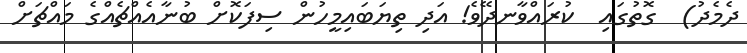
ދެމެދު)  ގޮތުގައި  ކުރައްވާނދޭވެ! އަދި ތިޔަބައިމީހުން ސިފަކޮށް ބުނާއެއްޗެއްގެ މައްޗަށް